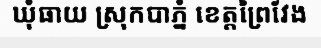
ឃុំធាយ ស្រុកបាភ្នំ ខេត្តព្រៃវែង